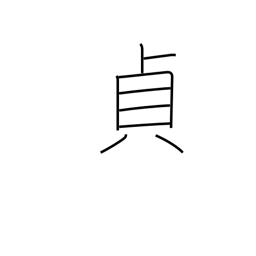
Meaning: upright